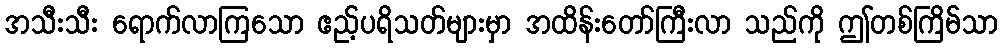
အသီးသီး ရောက်လာကြသော ဧည့်ပရိသတ်များမှာ အထိန်းတော်ကြီးလာ သည်ကို ဤတစ်ကြိမ်သာ